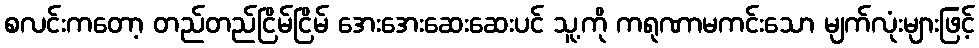
စလင်းကတော့ တည်တည်ငြိမ်ငြိမ် အေးအေးဆေးဆေးပင် သူ့ကို ကရုဏာမကင်းသော မျက်လုံးများဖြင့်